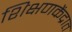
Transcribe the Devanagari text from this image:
शिक्षणकेंद्रात